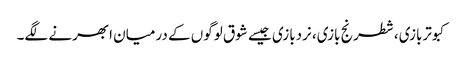
کبوتربازی، شطرنج بازی، نردبازی جیسے شوق لوگوں کے درمیان ابھرنے لگے۔